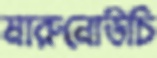
মারুনোউচি